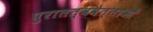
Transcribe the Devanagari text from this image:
पुरातत्ववेत्‍ताओं